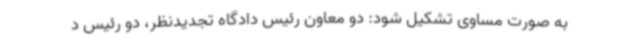
به صورت مساوی تشکیل شود: دو معاون رئیس دادگاه تجدیدنظر، دو رئیس د